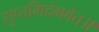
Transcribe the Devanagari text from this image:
सुप्तमिदंभवेत्॥